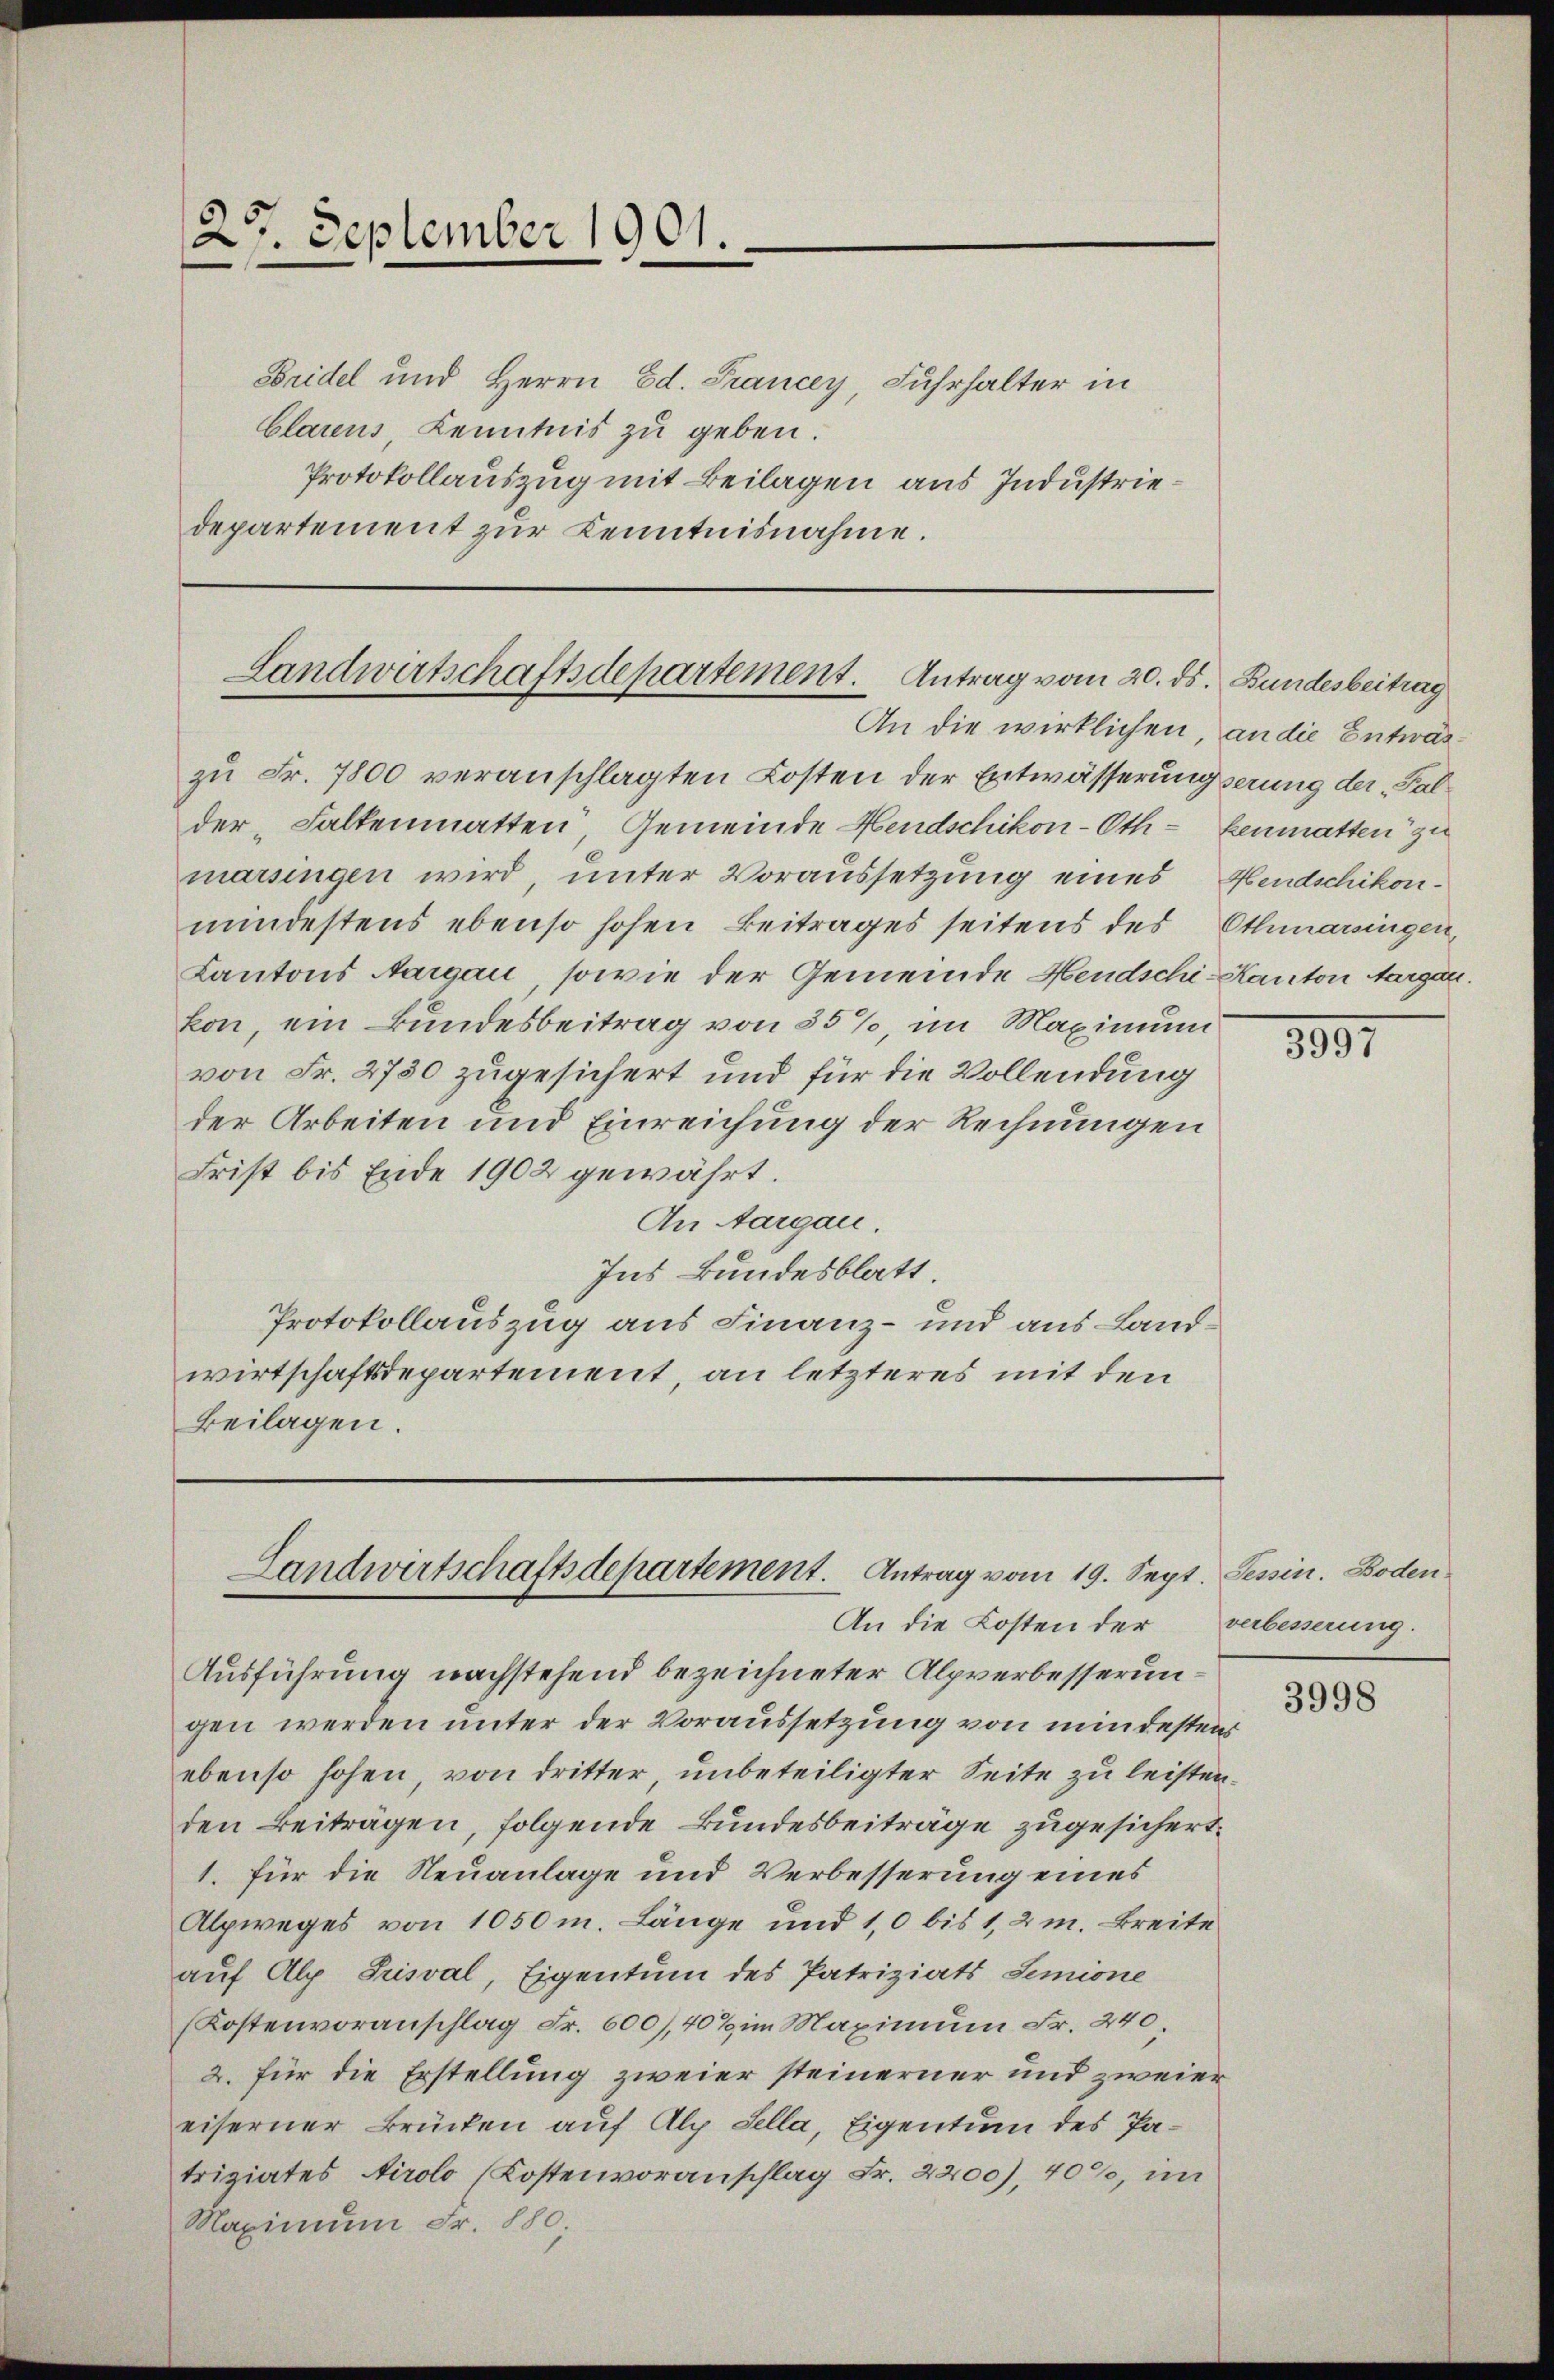
27. September 1901.

sridel und Herrn Ed. Francey, Fuhrhalter in
Clarens Kenntnis zu geben.
Protokollauszug mit Beilagen aus Industriedepartement zur Kenntnisnahme.

Landwirtschaftsdepartement. Antrag vom 20. ds. Bundesbeitrag
An die wirklichen, an die Entwär¬

zu Fr. 7800 veranschlagten Kosten der Entwässerungserung der „Falder Falkenmatten Gemeinde Hendschikon-Oth - kenmatten zu
marsingen wird unter Voraussetzung eines Hendschikon-
mindestens ebenso hohen Beitrages seitens des Othmarsingen
Kantons Aargau, sowie der Gemeinde Hendschi-Kanton Aargau.
kon, ein Bundesbeitrag von 55%, im Maximum
von Fr. 2750 zugesichert und für die Vollendung
der Arbeiten und Einreichung der Rechnungen
Frist bis Ende 1902 gewährt.
An Aargau.
Ins Bundesblatt.
Protokollauszug aus Finanz- und aus Landwirtschaftsdepartement, an letzteres mit den
Beilagen.

Landwirtschaftsdepartement. Antrag vom 19. Sept.
An die Kosten der

Ausführung nachstehend bezeichneter Alpverbesserungen werden unter der Voraussetzung von mindestens
ebenso hohen, von dritter unbeteiligter Seite zu leisten.
den Beiträgen, folgende Bundesbeiträge zugesichert.
1. für die Neuanlage und Verbesserung eines
Alpweges von 1050 m. Länge und 10 bis 1,2 m. Breite
auf Alp Prisval, Eigentum des Patriziats Semione
(Kostenvoranschlag Fr. 600), 40% im Maximum Fr. 240.
2. für die Erstellung zweier steinerner und zweier
eiserner Brücken auf Alp Sella, Eigentum des Patriziates Airolo (Kostenvoranschlag Fr. 2200), 40%, im
Maximum Fr. 880.

3357

Tessin. Boden
verbesserung.

3998